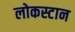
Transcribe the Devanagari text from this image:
लोकस्टान